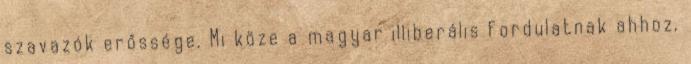
szavazók erőssége. Mi köze a magyar illiberális fordulatnak ahhoz,